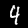
Label: 4